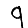
Digit: 9